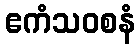
ဧကံသဝစနံ